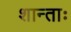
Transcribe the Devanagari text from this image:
शान्ताः